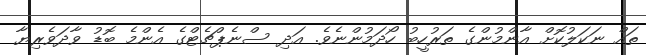
ތައް ނަކަލުކޮށް އާންމުންގެ ތަރުހީބު ހޯދަމުންނެވެ. އަދި ސްނެޕްޗެޓްގެ އެންމެ ބޮޑު ވާދަވެރިޔާ